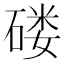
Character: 𱴟